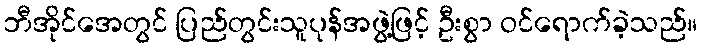
ဘီအိုင်အေတွင် ပြည်တွင်းသူပုန်အဖွဲ့ဖြင့် ဦးစွာ ဝင်ရောက်ခဲ့သည်။